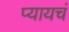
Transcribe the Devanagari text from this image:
प्यायचं